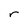
Character: r